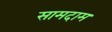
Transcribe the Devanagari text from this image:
सामदाम